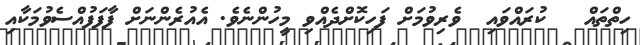
ހިތްތައް   ކުރައްވައި  ވެރިވުމަށް ފަހިކޮށްދެއްވި މީހުންނެވެ. އެއުރެންނަށް ފާފަފުއްސެވުމަކާއި